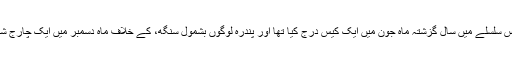
این آئی اے نے اس سلسلے میں سال گزشتہ ماہ جون میں ایک کیس درج کیا تھا اور پندرہ لوگوں بشمول سنگھ، کے خلاف ماہ دسمبر میں ایک چارج شیٹ دائر کی تھی۔